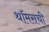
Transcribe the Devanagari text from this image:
थॉमसची